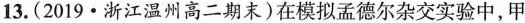
13.(2019·浙江温州高二期末)在模拟孟德尔杂交实验中，甲